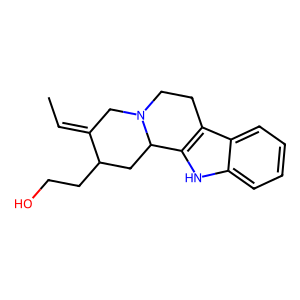
SMILES: CC=C1CN2CCc3c([nH]c4ccccc34)C2CC1CCO
Inhibits HIV replication: No